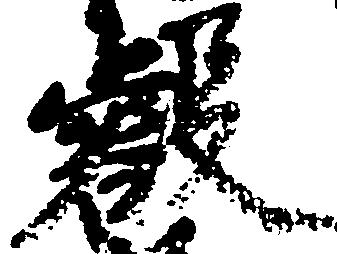
叡